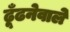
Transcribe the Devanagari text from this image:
ढूँढनेवाले